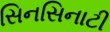
સિનસિનાટી